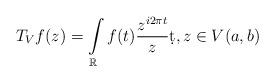
LaTeX: \begin{align*}T_Vf(z)=\int\limits_{\mathbb{R}} f(t)\dfrac{z^{i2\pi t}}{z}\d t, z\in V(a,b) \end{align*}